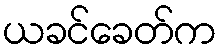
ယခင်ခေတ်က